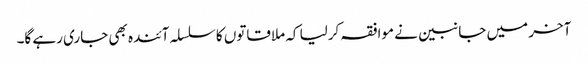
آخر میں جانبین نے موافقہ کرلیا کہ ملاقاتوں کا سلسلہ آئندہ بھی جاری رہے گا۔